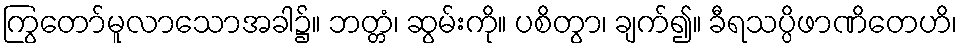
ကြွတော်မူလာသောအခါ၌။ ဘတ္တံ၊ ဆွမ်းကို။ ပစိတွာ၊ ချက်၍။ ခီရသပ္ပိဖာဏိတေဟိ၊